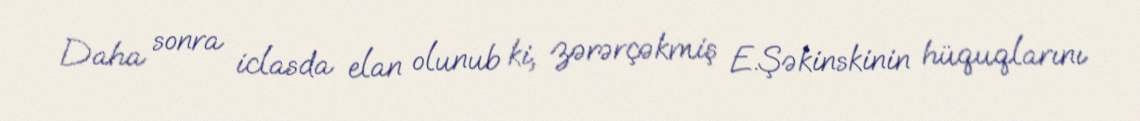
Daha sonra iclasda elan olunub ki, zərərçəkmiş E.Şəkinskinin hüquqlarını